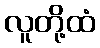
လူတို့ထံ